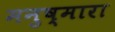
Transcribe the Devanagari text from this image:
मनुष्मारा